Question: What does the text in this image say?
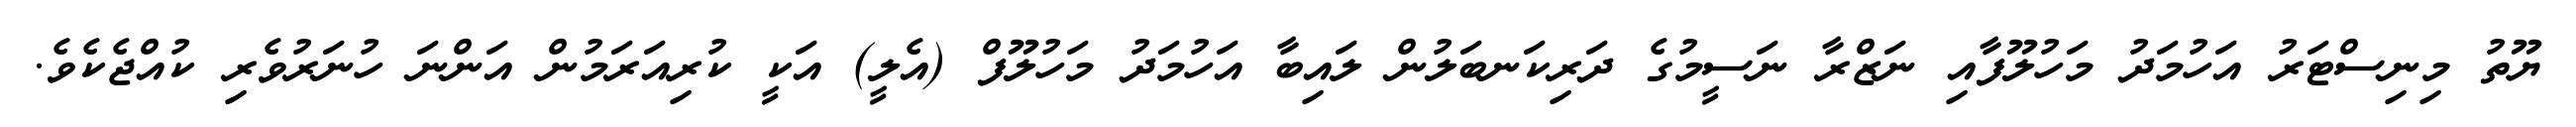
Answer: ޔޫތު މިނިސްޓަރު އަހުމަދު މަހުލޫފާއި ނަޒްރާ ނަސީމުގެ ދަރިކަނބަލުން ލައިބާ އަހުމަދު މަހުލޫފް (އެލީ) އަކީ ކުރިއަރަމުން އަންނަ ހުނަރުވެރި ކުއްޖެކެވެ.